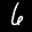
Label: 6